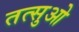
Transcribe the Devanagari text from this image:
तत्सुओ